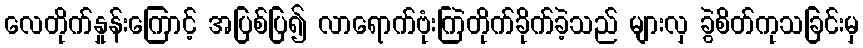
လေတိုက်နှုန်းကြောင့် အပြစ်ပြ၍ လာရောက်ဗုံးကြဲတိုက်ခိုက်ခဲ့သည် များလှ ခွဲစိတ်ကုသခြင်းမှ